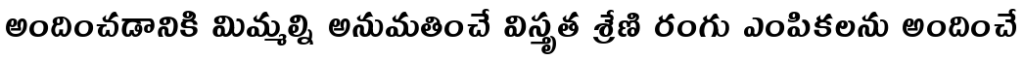
అందించడానికి మిమ్మల్ని అనుమతించే విస్తృత శ్రేణి రంగు ఎంపికలను అందించే